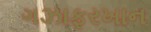
ગઝાફરખાન